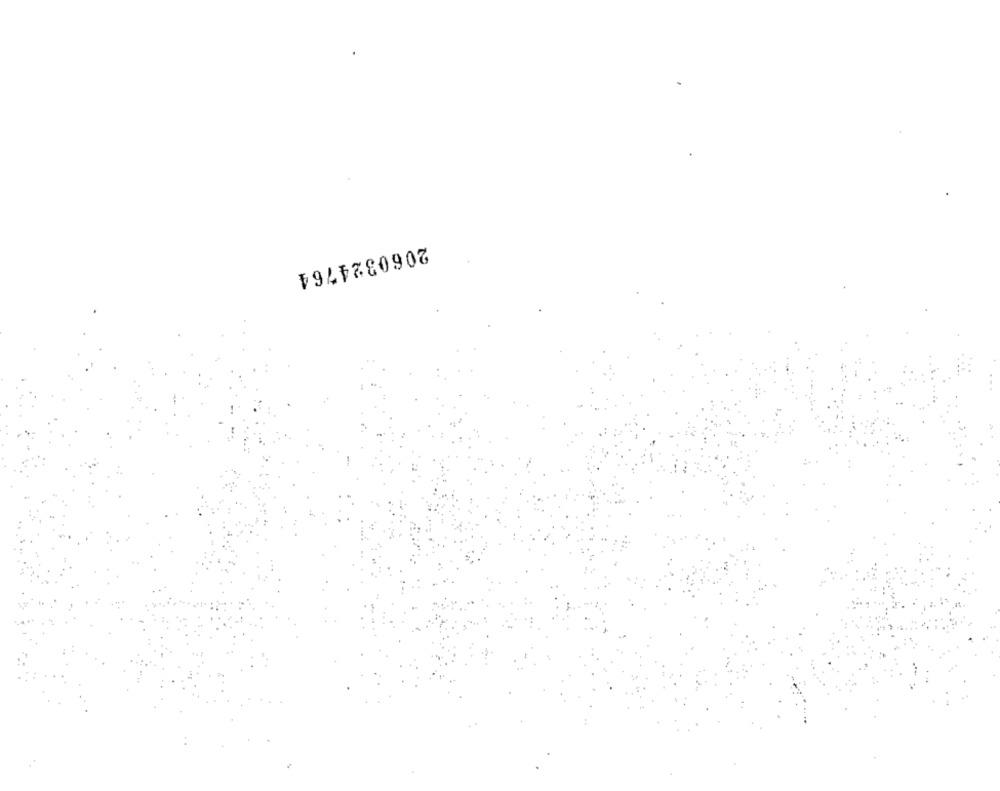
2060324764